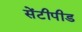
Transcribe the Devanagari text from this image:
सेंटीपीड